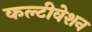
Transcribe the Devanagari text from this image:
कल्टीवेशन